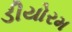
ડીયોરમ